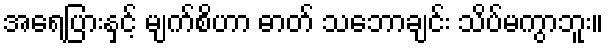
အရေပြားနှင့် မျက်စိဟာ ဓာတ် သဘောချင်း သိပ်မကွာဘူး။